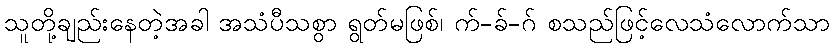
သူတို့ချည်းနေတဲ့အခါ အသံပီသစွာ ရွတ်မဖြစ်၊ က်-ခ်-ဂ် စသည်ဖြင့်လေသံလောက်သာ